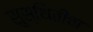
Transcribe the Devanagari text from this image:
सुस्थितीचा